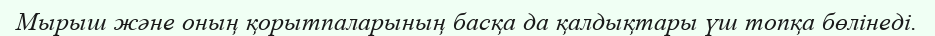
Мырыш және оның қорытпаларының басқа да қалдықтары үш топқа бөлінеді.